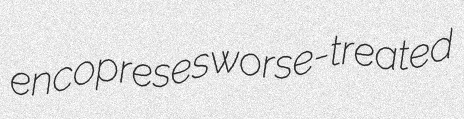
encopreses worse-treated